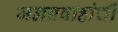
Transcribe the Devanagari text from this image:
जलप्रवाहांची